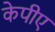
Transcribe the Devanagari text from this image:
केपीए